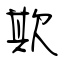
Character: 欺